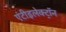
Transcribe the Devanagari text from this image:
एंटीइलेक्ट्रॉन